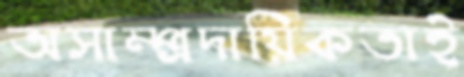
অসাম্প্রদায়িকতাই